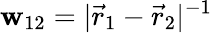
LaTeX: \mathbf{w}_{12}=|\vec{{r}}_{1}-\vec{{r}}_{2}|^{-1}